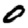
Digit: 0